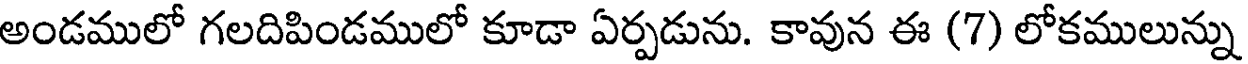
అండములో గలదిపిండములో కూడా ఏర్పడును. కావున ఈ (7) లోకములున్ను